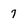
Character: 7